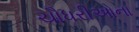
ચૌધરીઓના